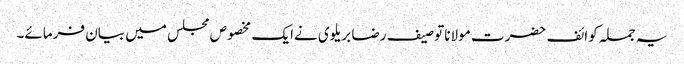
یہ جملہ کوائف حضرت مولانا توصیف رضا بریلوی نےایک مخصوص مجلس میں بیان فرمائے۔